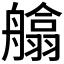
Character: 𦪙